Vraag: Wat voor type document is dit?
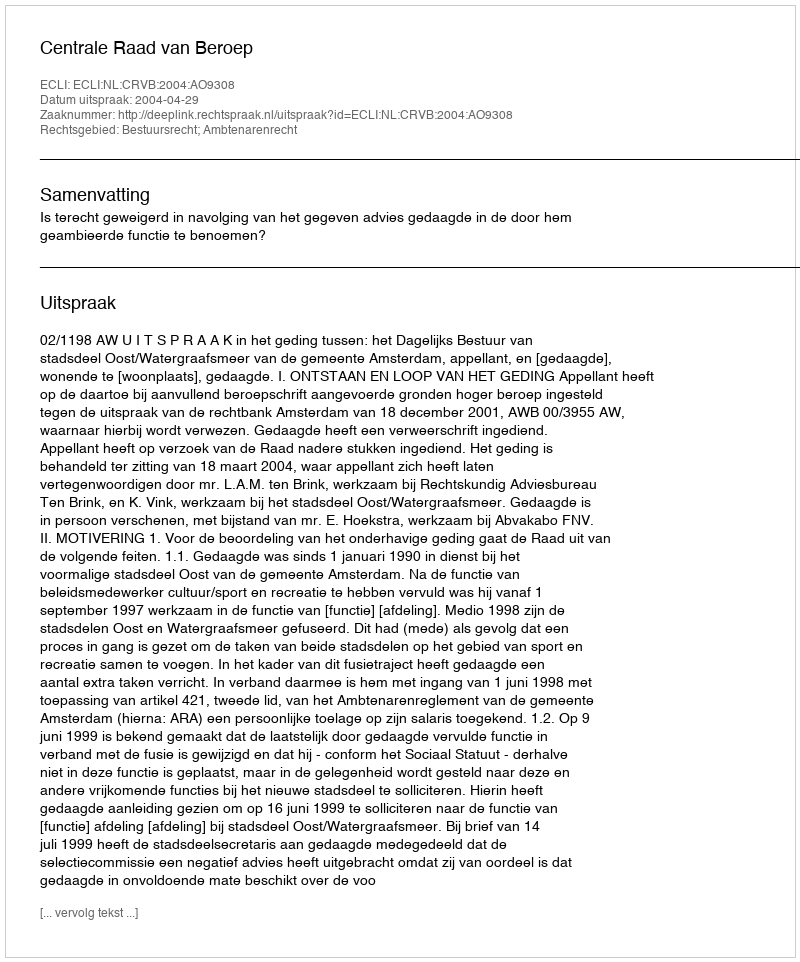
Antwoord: Uitspraak